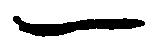
一